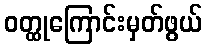
ဝတ္ထုကြောင်းမှတ်ဖွယ်